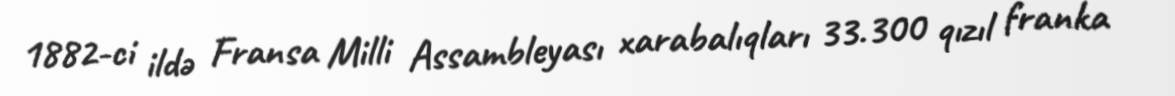
1882-ci ildə Fransa Milli Assambleyası xarabalıqları 33.300 qızıl franka